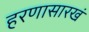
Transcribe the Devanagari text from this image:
हरणासारखं